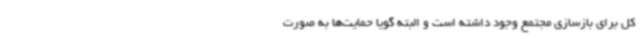
کل برای بازسازی مجتمع وجود داشته است و البته گویا حمایت‌ها به صورت